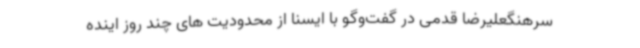
سرهنگعلیرضا قدمی در گفت‌وگو با ایسنا از محدودیت های چند روز اینده